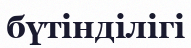
бүтінділігі